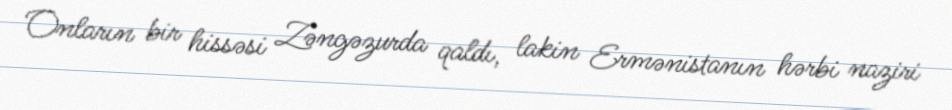
Onların bir hissəsi Zəngəzurda qaldı, lakin Ermənistanın hərbi naziri